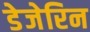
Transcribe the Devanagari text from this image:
डेजेरिन